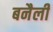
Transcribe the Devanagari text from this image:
बनैली